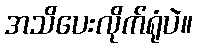
အသိပေးလိုက်ရုံပဲ။